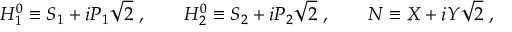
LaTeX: H _ { 1 } ^ { 0 } \equiv { S _ { 1 } + i P _ { 1 } \o \sqrt { 2 } } \ , \qquad H _ { 2 } ^ { 0 } \equiv { S _ { 2 } + i P _ { 2 } \o \sqrt { 2 } } \ , \qquad N \equiv { X + i Y \o \sqrt { 2 } } \ ,